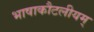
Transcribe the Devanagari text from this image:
भाषाकौटलीयम्